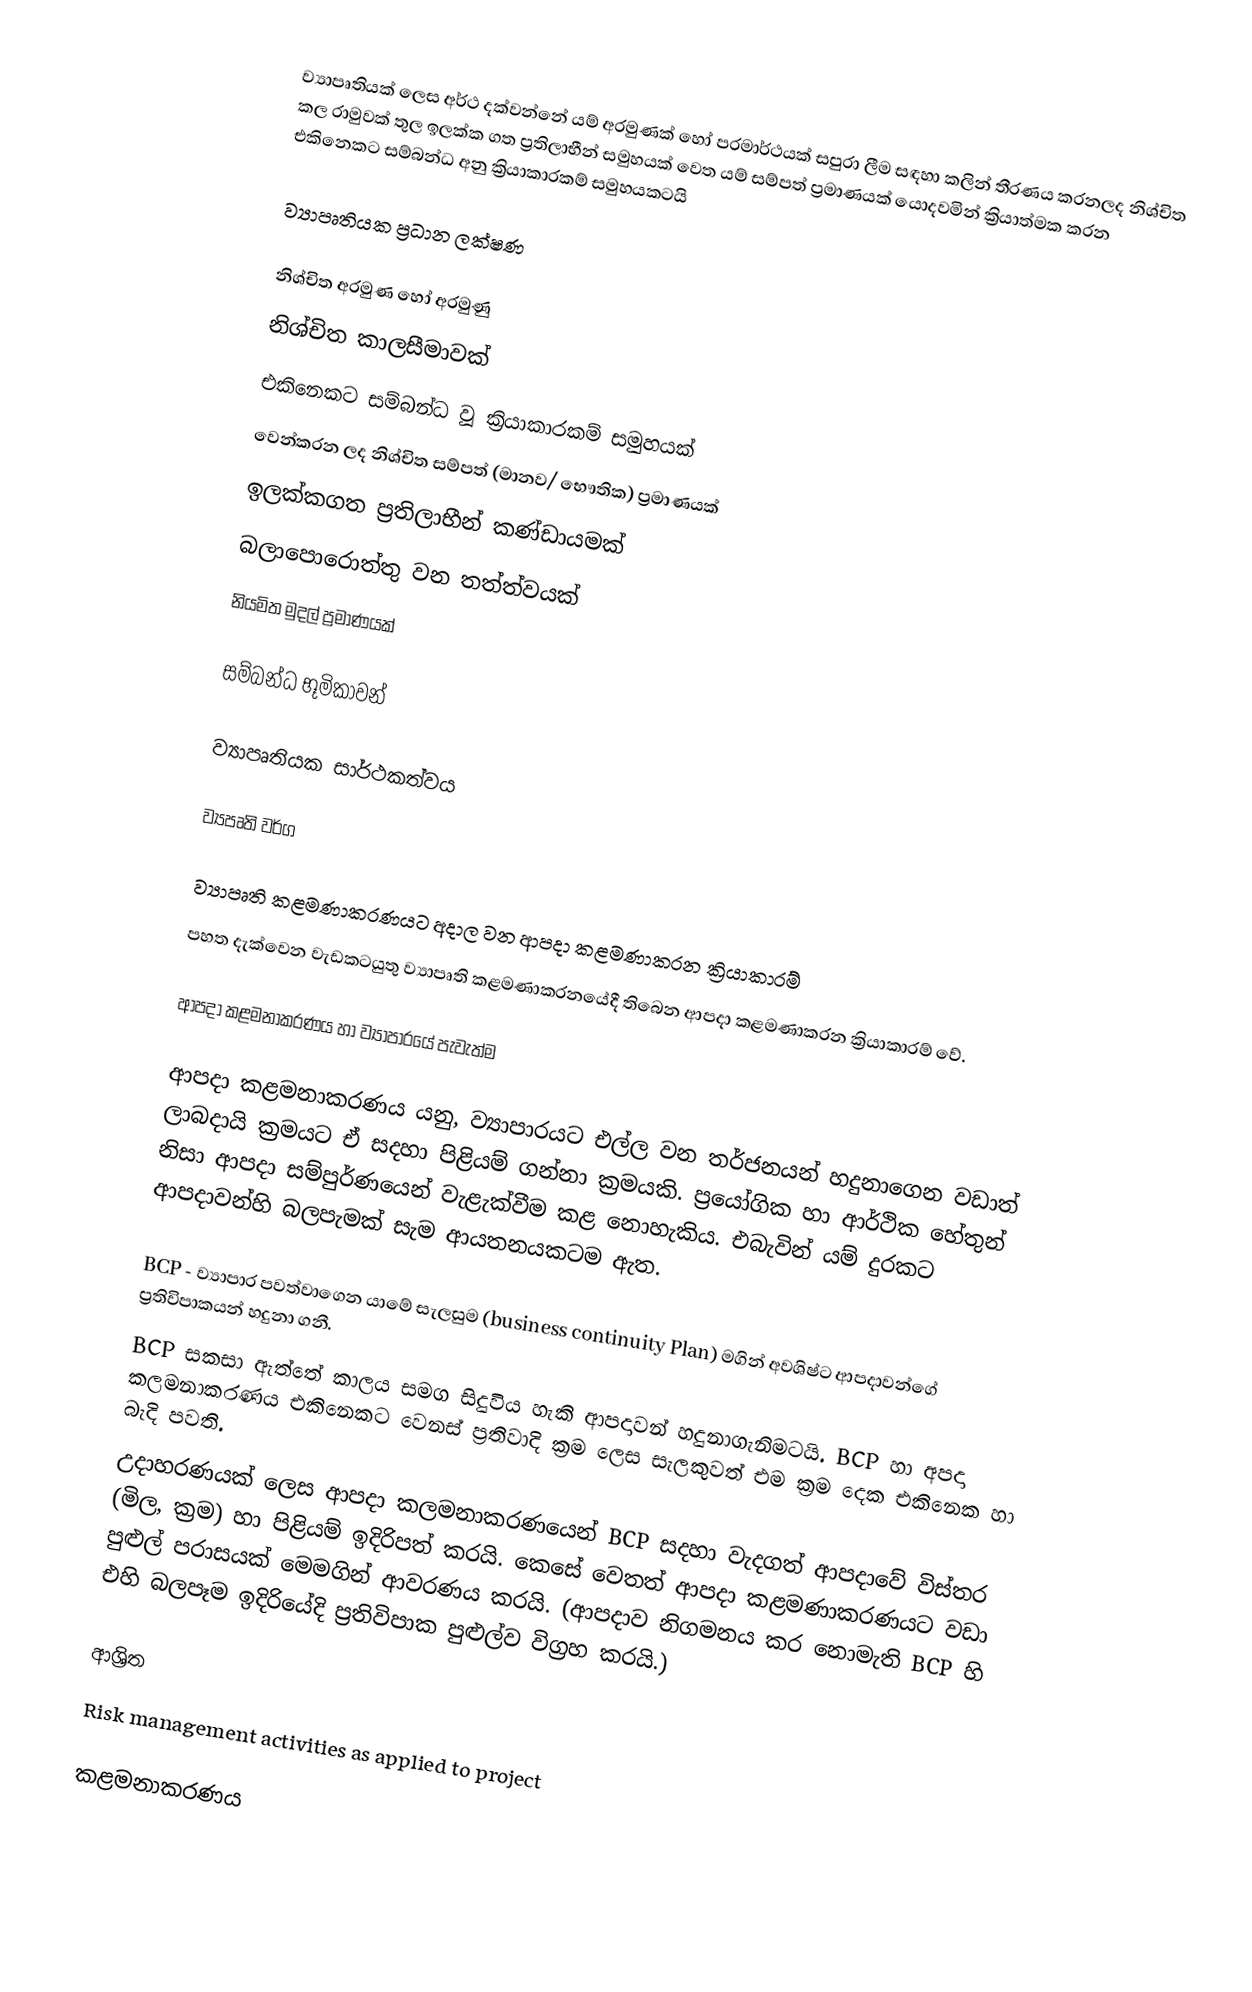
ව්‍යාපෘතියක් ලෙස අර්ථ දක්වන්නේ  යම් අරමුණක් හෝ පරමාර්ථයක් සපුරා ලීම සඳහා කලින් තීරණය කරනලද නිශ්චිත කල රාමුවක් තුල ඉලක්ක ගත ප්‍රතිලාභීන් සමුහයක් වෙත යම් සම්පත් ප්‍රමාණයක් යොදවමින් ක්‍රියාත්මක කරන එකිනෙකට සම්බන්ධ අනු ක්‍රියාකාරකම් සමුහයකටයි

ව්‍යාපෘතියක ප්‍රධාන ලක්ෂණ

නිශ්චිත අරමුණ හෝ අරමුණු
නිශ්චිත කාලසීමාවක්
එකිනෙකට සම්බන්ධ වූ ක්‍රියාකාරකම් සමුහයක්
වෙන්කරන ලද නිශ්චිත සම්පත් (මානව/ භෞතික) ප්‍රමාණයක්
ඉලක්කගත ප්‍රතිලාභීන් කණ්ඩායමක්
බලාපොරොත්තු වන තත්ත්වයක්
නියමිත මුදල් ප්‍රමාණයක්

සම්බන්ධ භූමිකාවන්

ව්‍යාපෘතියක සාර්ථකත්වය

ව්‍යපෘති වර්ග

ව්‍යාපෘති කළමණාකරණයට අදාල වන ආපදා කළමණාකරන ක්‍රියාකාරම්
පහත දැක්වෙන වැඩකටයුතු ව්‍යාපෘති කළමණාකරනයේදී තිබෙන ආපදා කළමණාකරන ක්‍රියාකාරම් වේ.

ආපදා කළමනාකරණය හා ව්‍යාපාරයේ පැවැත්ම

ආපදා කළමනාකරණය යනු, ව්‍යාපාරයට එල්ල වන තර්ජනයන් හදුනාගෙන වඩාත් ලාබදායි ක්‍රමයට ඒ සදහා පිළියම් ගන්නා ක්‍රමයකි. ප්‍රයෝගික හා ආර්ථික හේතුන් නිසා ආපදා සම්පුර්ණයෙන්  වැළැක්වීම කළ නොහැකිය. එබැවින් යම් දුරකට ආපදාවන්හි බලපැමක් සැම ආයතනයකටම ඇත.

BCP - ව්‍යාපාර පවත්වාගෙන යාමේ සැලසුම (business continuity Plan) මගින් අවශිෂ්ට ආපදාවන්ගේ ප්‍රතිවිපාකයන් හදුනා ගනී.
BCP සකසා ඇත්තේ කාලය සමග සිදුවිය හැකි ආපදාවන් හදුනාගැනිමටයි. BCP  හා අපදා කලමනාකරණය එකිනෙකට වෙනස් ප්‍රතිවාදි ක්‍රම ලෙස සැලකුවත් එම ක්‍රම දෙක එකිනෙක හා බැදි පවති.
උදාහරණයක් ලෙස ආපදා කලමනාකරණයෙන් BCP සදහා වැදගත් ආපදාවේ විස්තර (මිල, ක්‍රම) හා පිළියම් ඉදිරිපත් කරයි. කෙසේ වෙතත් ආපදා කළමණාකරණයට වඩා පුළුල් පරාසයක් මෙමගින් ආවරණය කරයි. (ආපදාව නිගමනය කර නොමැති BCP හි එහි බලපෑම ඉදිරියේදි ප්‍රතිවිපාක පුළුල්ව විග්‍රහ කරයි.)

ආශ්‍රිත
Risk management activities as applied to project

කළමනාකරණය